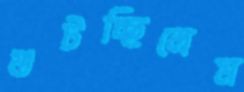
গুটচ্ছিলেম